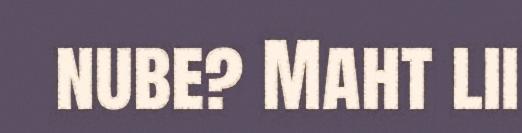
nube? Maht lii